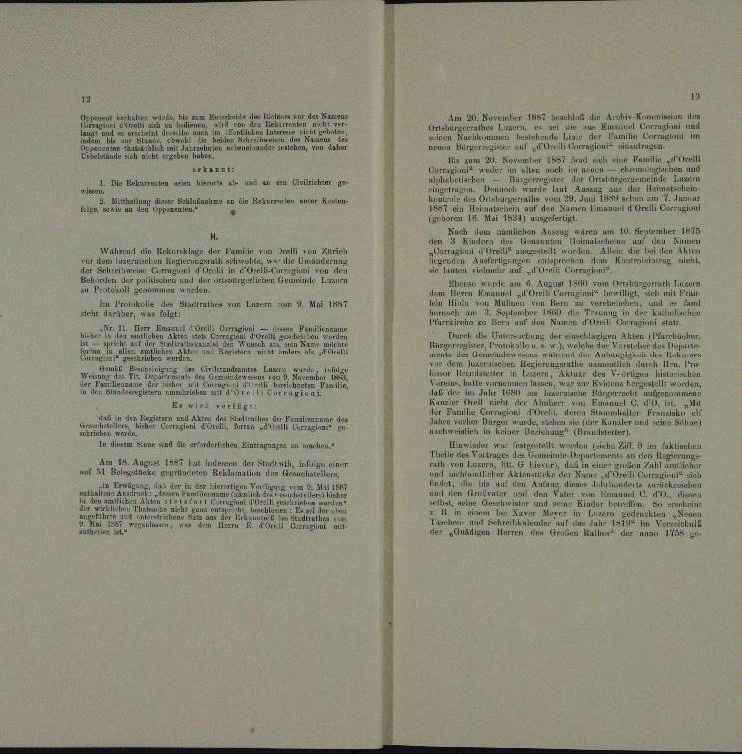
m 21. November 1867 Brachlaf der Archi
sian Aus
 verhalten wird beim Kussbote

.

Gess
u
n

.

                                                      entge
.
u

Dr. Keve 1881
 Familie fr
n
1 sich ein
ri:
n — Fernegischen und

 gereiten

e

.
elun
e                                  gestalt es nach der 20 die Liebenermten unter Kosten.
 den Namen Emana Grelli Currugiani
 Ninalan
Eheren in Mai 1834 untertigt.
1 Mai nämlichen Auszug Kurra am 11. Serener 1775
.
.
undun

Wuhr in Klage der Famin und von Züric

   einen
d
ur den luxerussehen

n
u
n
1891 vom Oberstra
s werde

.

u
r

rolle des Stadtrathe von Luzern Mai 187

Emer
eil der
e
urch der Unterbung der Buscherigen Akten Eurrhun

n und
iche der erster der

s
de                                   alle
u
u

n

n
n
.
n
a

ie neuerren Bürgerrec
enem

RA Wird Vorg

 Stammhüller Franzals e
Lazar
ALE
e
nzler und eine ihne
e

.
n
lu dem den zu machen
Huwieder in Ernterteilt werden si
I 9 in Luklanten
het

Am 14. August 1897
rm der Steint, in einer
.
auf 11 Belasticke gerneren Reklamation in Franchesichters,
.
e
u
 d. d. 10.
eter eine an irgen

.
u

n
u

n

a
r
n

u

u

Bulle der annn 14